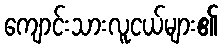
ကျောင်းသားလူငယ်များ၏